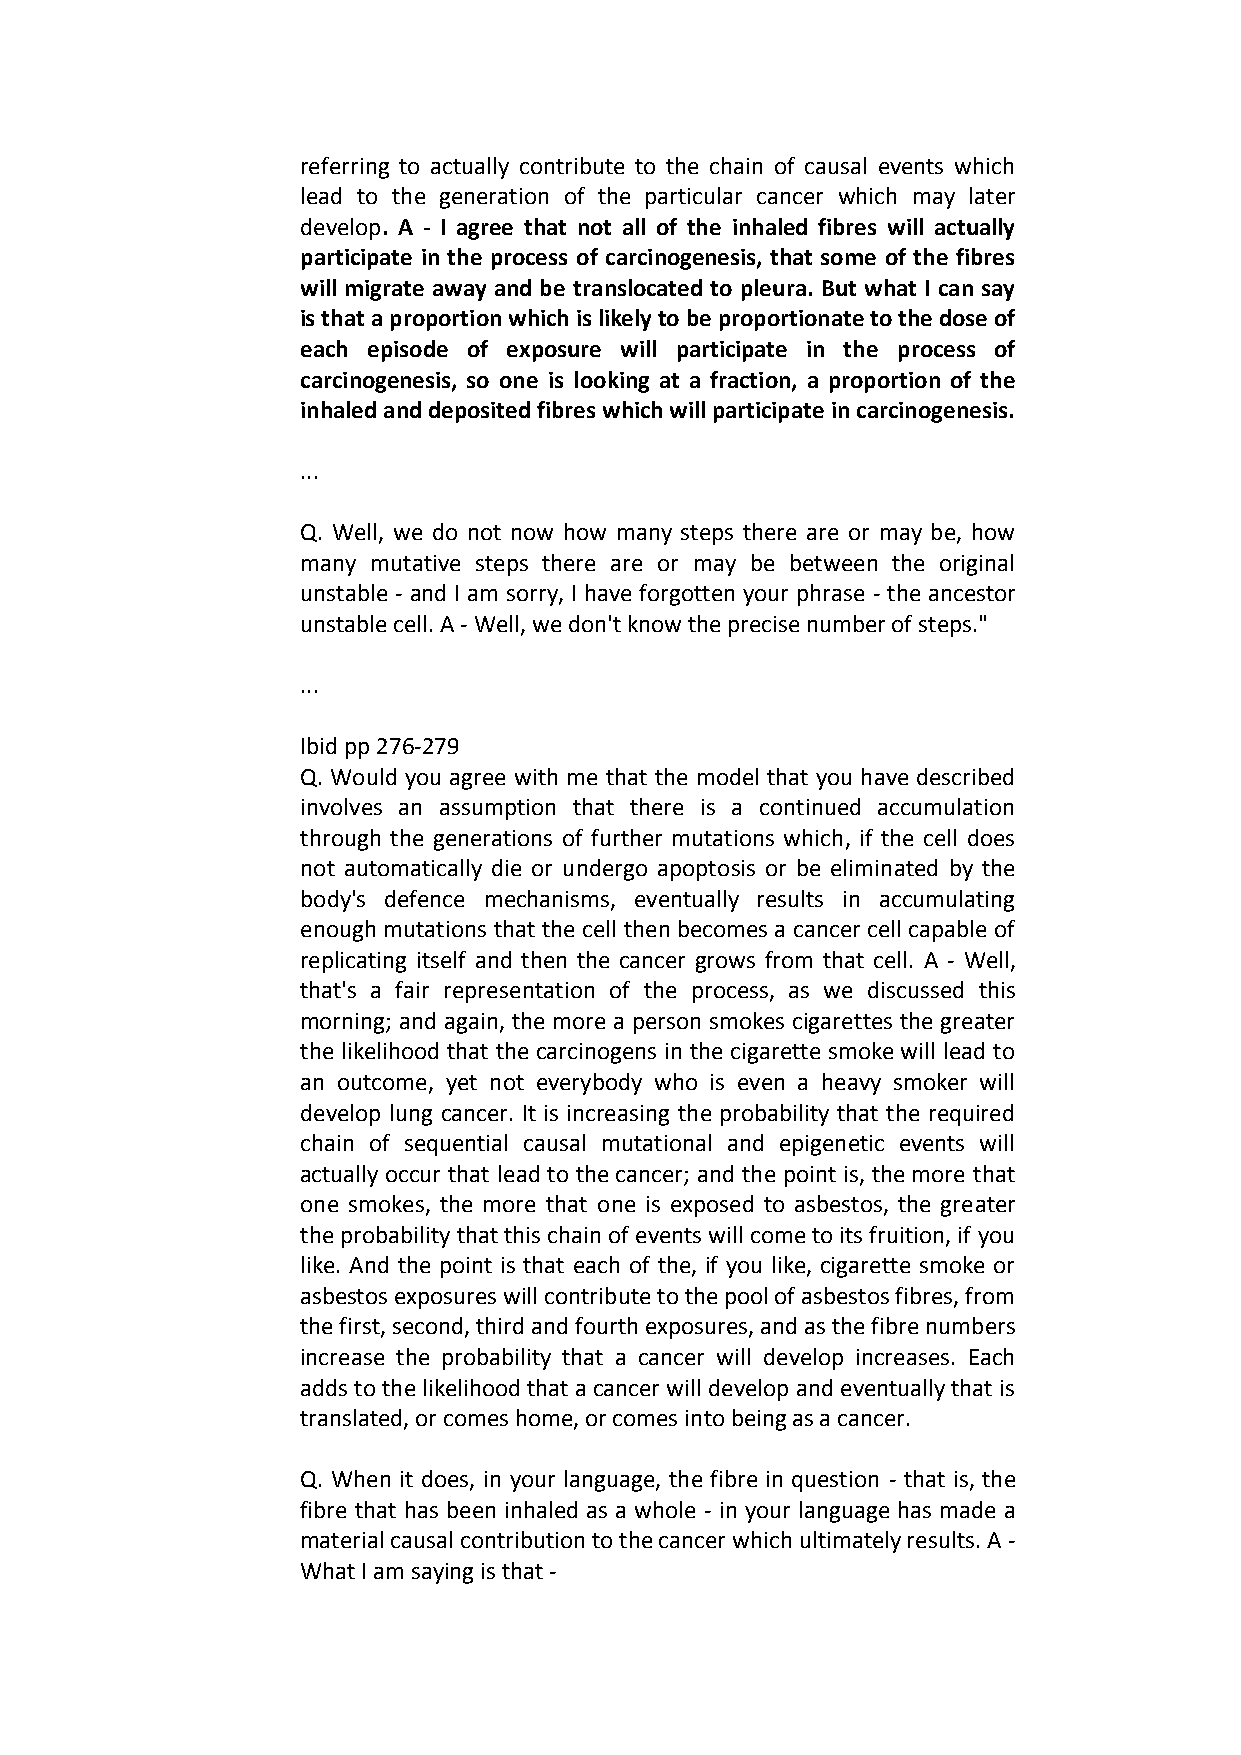
referring to actually contribute to the chain of causal events which
 lead to the generation of the particular cancer which may later
 develop. A - I agree that not all of the inhaled fibres will actually
 participate in the process of carcinogenesis, that some of the fibres
 will migrate away and be translocated to pleura. But what I can say
 is that a proportion which is likely to be proportionate to the dose of
 each episode of exposure will participate in the process of
 carcinogenesis, so one is looking at a fraction, a proportion of the
 inhaled and deposited fibres which will participate in carcinogenesis.
 ...
 Q. Well, we do not now how many steps there are or may be, how
 many mutative steps there are or may be between the original
 unstable - and I am sorry, I have forgotten your phrase - the ancestor
 unstable cell. A - Well, we don't know the precise number of steps."
 ...
 Ibid pp 276-279
 Q. Would you agree with me that the model that you have described
 involves an assumption that there is a continued accumulation
 through the generations of further mutations which, if the cell does
 not automatically die or undergo apoptosis or be eliminated by the
 body's defence mechanisms, eventually results in accumulating
 enough mutations that the cell then becomes a cancer cell capable of
 replicating itself and then the cancer grows from that cell. A - Well,
 that's a fair representation of the process, as we discussed this
 morning; and again, the more a person smokes cigarettes the greater
 the likelihood that the carcinogens in the cigarette smoke will lead to
 an outcome, yet not everybody who is even a heavy smoker will
 develop lung cancer. It is increasing the probability that the required
 chain of sequential causal mutational and epigenetic events will
 actually occur that lead to the cancer; and the point is, the more that
 one smokes, the more that one is exposed to asbestos, the greater
 the probability that this chain of events will come to its fruition, if you
 like. And the point is that each of the, if you like, cigarette smoke or
 asbestos exposures will contribute to the pool of asbestos fibres, from
 the first, second, third and fourth exposures, and as the fibre numbers
 increase the probability that a cancer will develop increases. Each
 adds to the likelihood that a cancer will develop and eventually that is
 translated, or comes home, or comes into being as a cancer.
 Q. When it does, in your language, the fibre in question - that is, the
 fibre that has been inhaled as a whole - in your language has made a
 material causal contribution to the cancer which ultimately results. A -
 What I am saying is that -